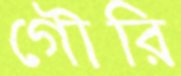
গৌরি